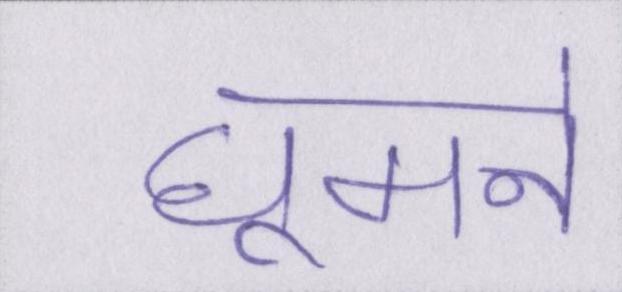
घूमने